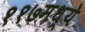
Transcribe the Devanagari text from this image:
११७मध्ये